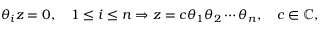
\theta _ { i } z = 0 , \quad 1 \leq i \leq n \Rightarrow z = c \theta _ { 1 } \theta _ { 2 } \cdots \theta _ { n } , \quad c \in \mathbb { C } ,